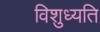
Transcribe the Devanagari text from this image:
विशुध्यति